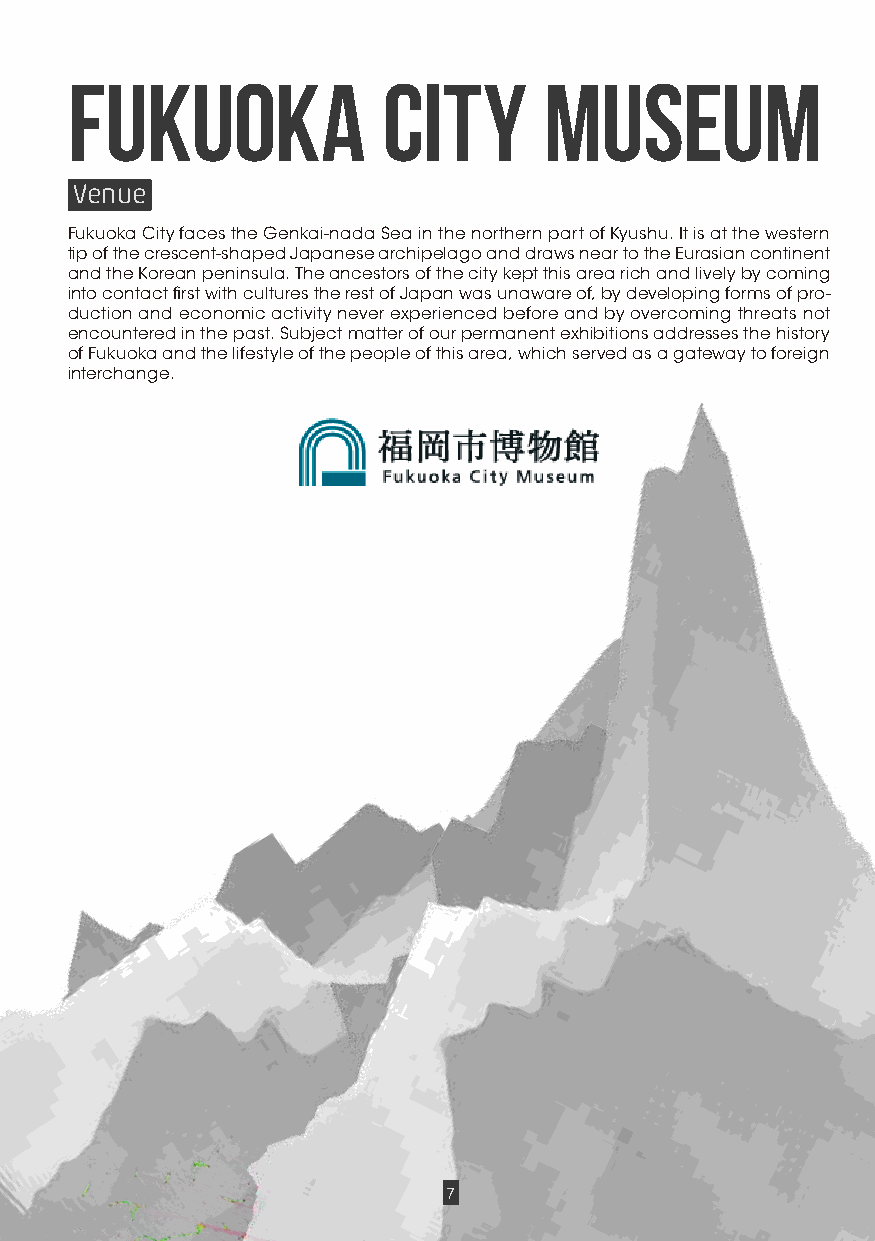
FUKUOKA              CITY       MUSEUM
 Venue
 Fukuoka City faces the Genkai-nada Sea in the northern part of Kyushu. It is at the western
 tip of the crescent-shaped Japanese archipelago and draws near to the Eurasian continent
 and the Korean peninsula. The ancestors of the city kept this area rich and lively by coming
 into contact first with cultures the rest of Japan was unaware of, by developing forms of pro-
 duction and economic activity never experienced before and by overcoming threats not
 encountered in the past. Subject matter of our permanent exhibitions addresses the history
 of Fukuoka and the lifestyle of the people of this area, which served as a gateway to foreign
 interchange.
 7